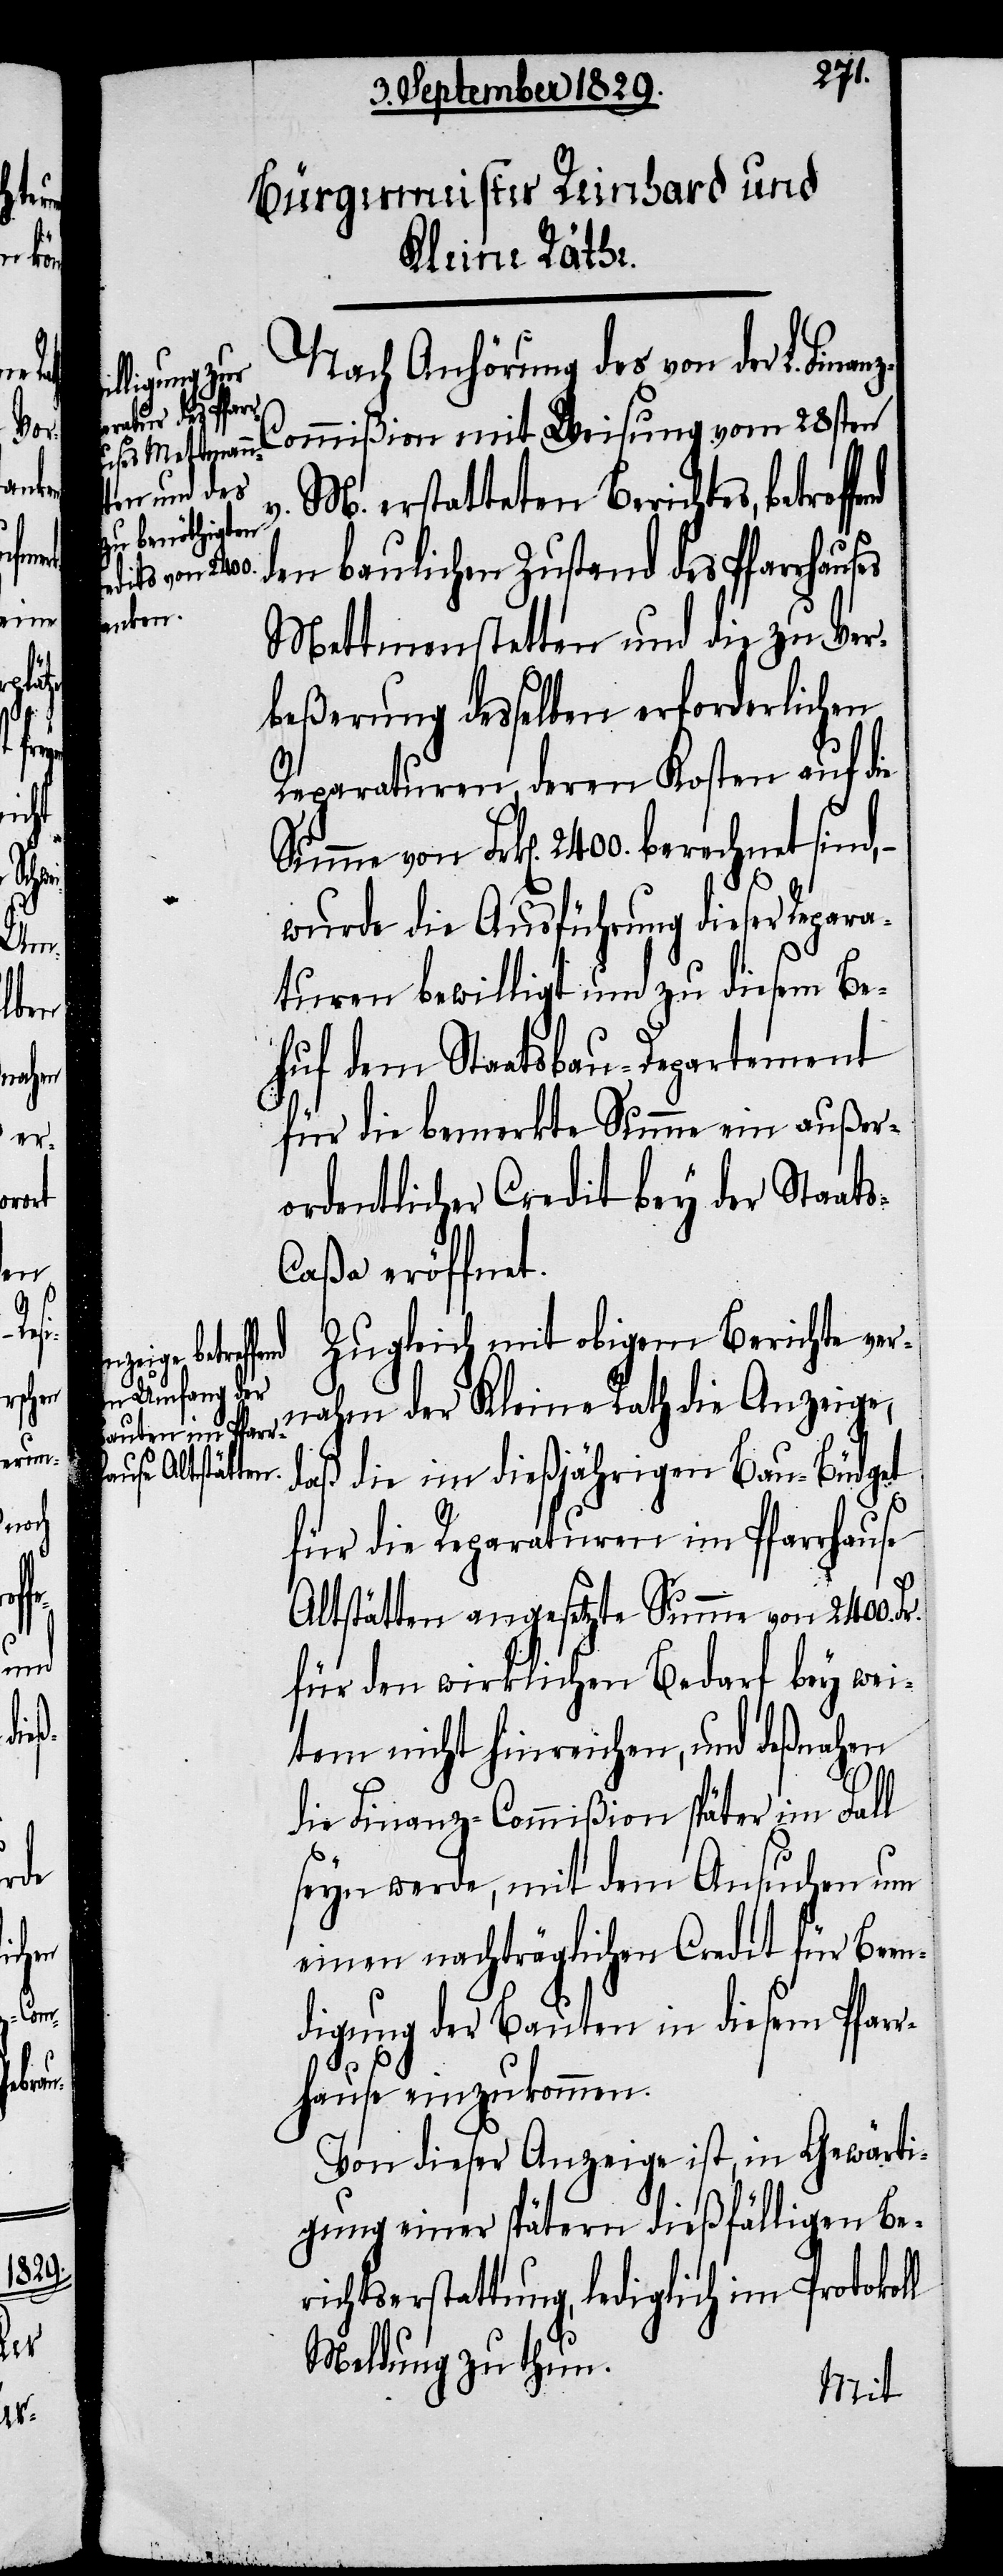
fend
Fr.
k[en].

s-C¬

anz-C¬
sind,
net

Nach Anhörung des von der L. Fin¬
ommißion mit Weisung vom 28sten
M. erstatteten Berichtes, betref¬
den baulichen Zustand des Pfarrhaus¬
Mettmenstetten und die zu Ver¬
beßerung desselben erforderlichen
Reparaturen, deren Kosten auf die
wurde die Ausführung dieser Repara¬
turen bewilligt und zu diesem Be¬
huf dem Staatsbau-Departement
für die bemerkte Summe ein außer¬
ordentlicher Credit bey der Staat¬
aßa eröffnet.
Zugleich mit obigem Berichte ver¬
nahm der Kleine Rath die Anzeige,
daß die im dießjährigen Bau-Büdget
für die Reparaturen im Pfarrhause
Altstätten angesetzte Summe von 2400.
für den wirklichen Bedarf bey wei¬
tem nicht hinreichen, und deßnahen
die Finanz-Commißion später im Fall
seyn werde, mit dem Ansuchen um
einen nachträglichen Credit für Bee¬
ndigung der Bauten in diesem Pfarr¬
hause einzukommen.
Von dieser Anzeige ist, in Gewärti¬
gung einer spätern dießfälligen Be¬
richtserstattung, lediglich im Protokoll
Meldung zu thun.